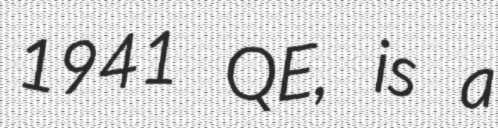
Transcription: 1941 QE, is a